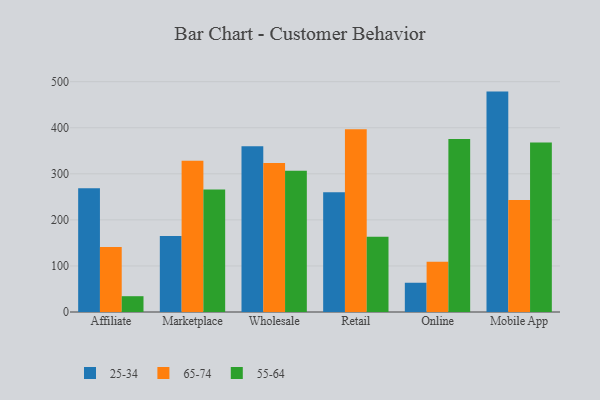
{"axis": {"x": "Channel", "y": "Page Views"}, "legend": ["25-34", "55-64", "65-74"], "data": [{"x": "Affiliate", "y": 268.8, "type": "25-34"}, {"x": "Affiliate", "y": 141.0, "type": "65-74"}, {"x": "Affiliate", "y": 34.3, "type": "55-64"}, {"x": "Marketplace", "y": 164.8, "type": "25-34"}, {"x": "Marketplace", "y": 328.4, "type": "65-74"}, {"x": "Marketplace", "y": 266.1, "type": "55-64"}, {"x": "Wholesale", "y": 359.6, "type": "25-34"}, {"x": "Wholesale", "y": 323.3, "type": "65-74"}, {"x": "Wholesale", "y": 306.4, "type": "55-64"}, {"x": "Retail", "y": 260.0, "type": "25-34"}, {"x": "Retail", "y": 396.5, "type": "65-74"}, {"x": "Retail", "y": 163.4, "type": "55-64"}, {"x": "Online", "y": 63.5, "type": "25-34"}, {"x": "Online", "y": 109.3, "type": "65-74"}, {"x": "Online", "y": 375.6, "type": "55-64"}, {"x": "Mobile App", "y": 478.5, "type": "25-34"}, {"x": "Mobile App", "y": 243.3, "type": "65-74"}, {"x": "Mobile App", "y": 368.1, "type": "55-64"}]}